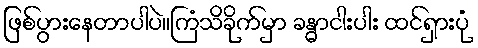
ဖြစ်ပွားနေတာပါပဲ။ကြံသိခိုက်မှာ ခန္ဓာငါးပါး ထင်ရှားပုံ